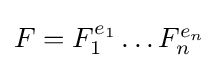
{\textstyle F=F_{1}^{e_{1}}\dots F_{n}^{e_{n}}}